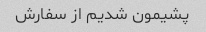
پشیمون شدیم از سفارش